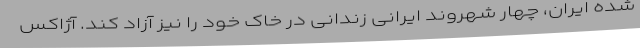
شده ایران، چهار شهروند ایرانی زندانی در خاک خود را نیز آزاد کند. آژاکس